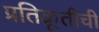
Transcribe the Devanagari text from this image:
प्रतिक्रूतीची